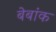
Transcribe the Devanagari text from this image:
बेबांक